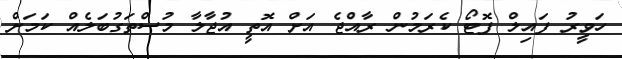
ހަވީރު ފައިލް ފޮޓޯ ކެރަމުން ރާއްޖެ އަށް އޮތީ އުޖާލާ މުސްތަގުބަލެއް ކަމަށް